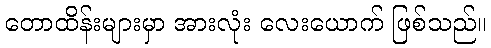
တောထိန်းများမှာ အားလုံး လေးယောက် ဖြစ်သည်။